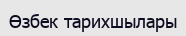
Өзбек тарихшылары